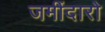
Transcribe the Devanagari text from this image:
जमींदारो